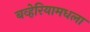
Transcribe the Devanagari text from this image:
बव्हेरियामधला